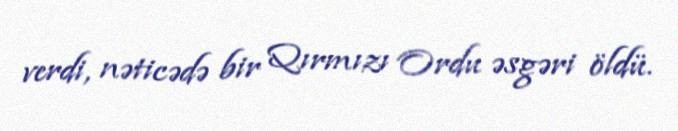
verdi, nəticədə bir Qırmızı Ordu əsgəri öldü.